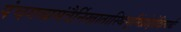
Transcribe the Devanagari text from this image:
पंचगव्यमंत्रैर्निखातास्थिभूमिंप्रोक्षेदित्यर्थः